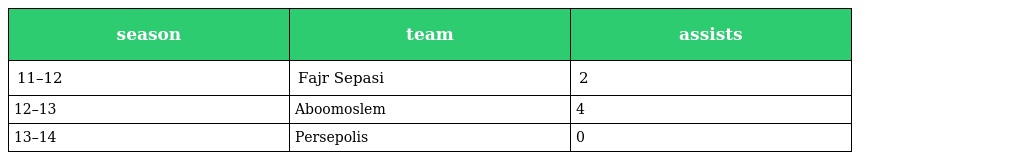
| season | team | assists |
 | --- | --- | --- |
 | 11–12 | Fajr Sepasi | 2 |
 | 12–13 | Aboomoslem | 4 |
 | 13–14 | Persepolis | 0 |